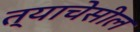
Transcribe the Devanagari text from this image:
त्याचेसील